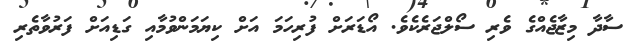
ސާދާ މިޒާޖެއްގެ ވެރި ސޯލްޖަރެކެވެ. އޯޑަރަށް ފުރިހަމަ އަށް ކިޔަމަންވުމާއި ގަޑިއަށް ފަރުވާތެރި